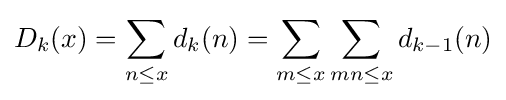
D_{k}(x)=\sum _{n\leq x}d_{k}(n)=\sum _{m\leq x}\sum _{mn\leq x}d_{k-1}(n)